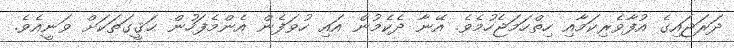
ދަރަޖައިގެ އުފާވެރިކަމާއި ހިތްހަމަޖެހުމެވެ. އޭނާ ދެކެމުން އައި ހުވަފެން އެންމެފަހުން ޙަޤީގަތަކަށް ވަނީއެވެ.